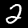
Label: 2